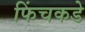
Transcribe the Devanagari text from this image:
फिंचकडे